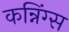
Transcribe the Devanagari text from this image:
कन्निंग्स